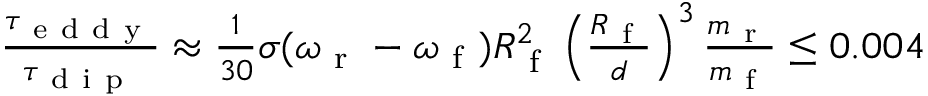
\begin{array} { r } { \frac { \tau _ { \mathrm { ~ e ~ d ~ d ~ y ~ } } } { \tau _ { \mathrm { ~ d ~ i ~ p ~ } } } \approx \frac { 1 } { 3 0 } \sigma ( \omega _ { \mathrm { ~ r ~ } } - \omega _ { \mathrm { ~ f ~ } } ) R _ { \mathrm { ~ f ~ } } ^ { 2 } \left( \frac { R _ { \mathrm { ~ f ~ } } } { d } \right) ^ { 3 } \frac { m _ { \mathrm { ~ r ~ } } } { m _ { \mathrm { ~ f ~ } } } \leq 0 . 0 0 4 } \end{array}